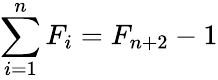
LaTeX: \sum_{i=1}^{n}F_{i}=F_{n+2}-1